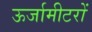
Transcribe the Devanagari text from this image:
ऊर्जामीटरों